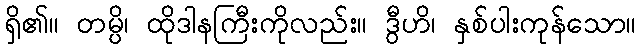
ရှိ၏။ တမ္ပိ၊ ထိုဒါနကြီးကိုလည်း။ ဒွီဟိ၊ နှစ်ပါးကုန်သော။